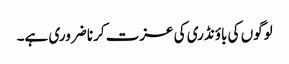
لوگوں کی باؤنڈری کی عزت کرنا ضروری ہے۔